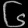
Digit: ၆